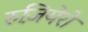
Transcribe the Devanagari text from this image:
रुज़ियेरो